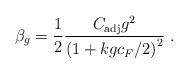
LaTeX: \begin{align*}\beta_g = \frac{1}{2} \frac{C_{\rm adj} g^2}{ {\left( 1 + kgc_F/2 \right)}^2 } \ .\end{align*}